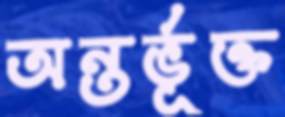
অন্তর্ভূক্ত